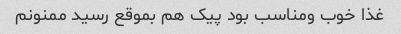
غذا خوب ومناسب بود پیک هم بموقع رسید ممنونم